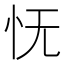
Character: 怃